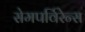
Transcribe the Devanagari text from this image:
सेमपर्विरेन्स